Tartu_linnavalitsus, lk 9
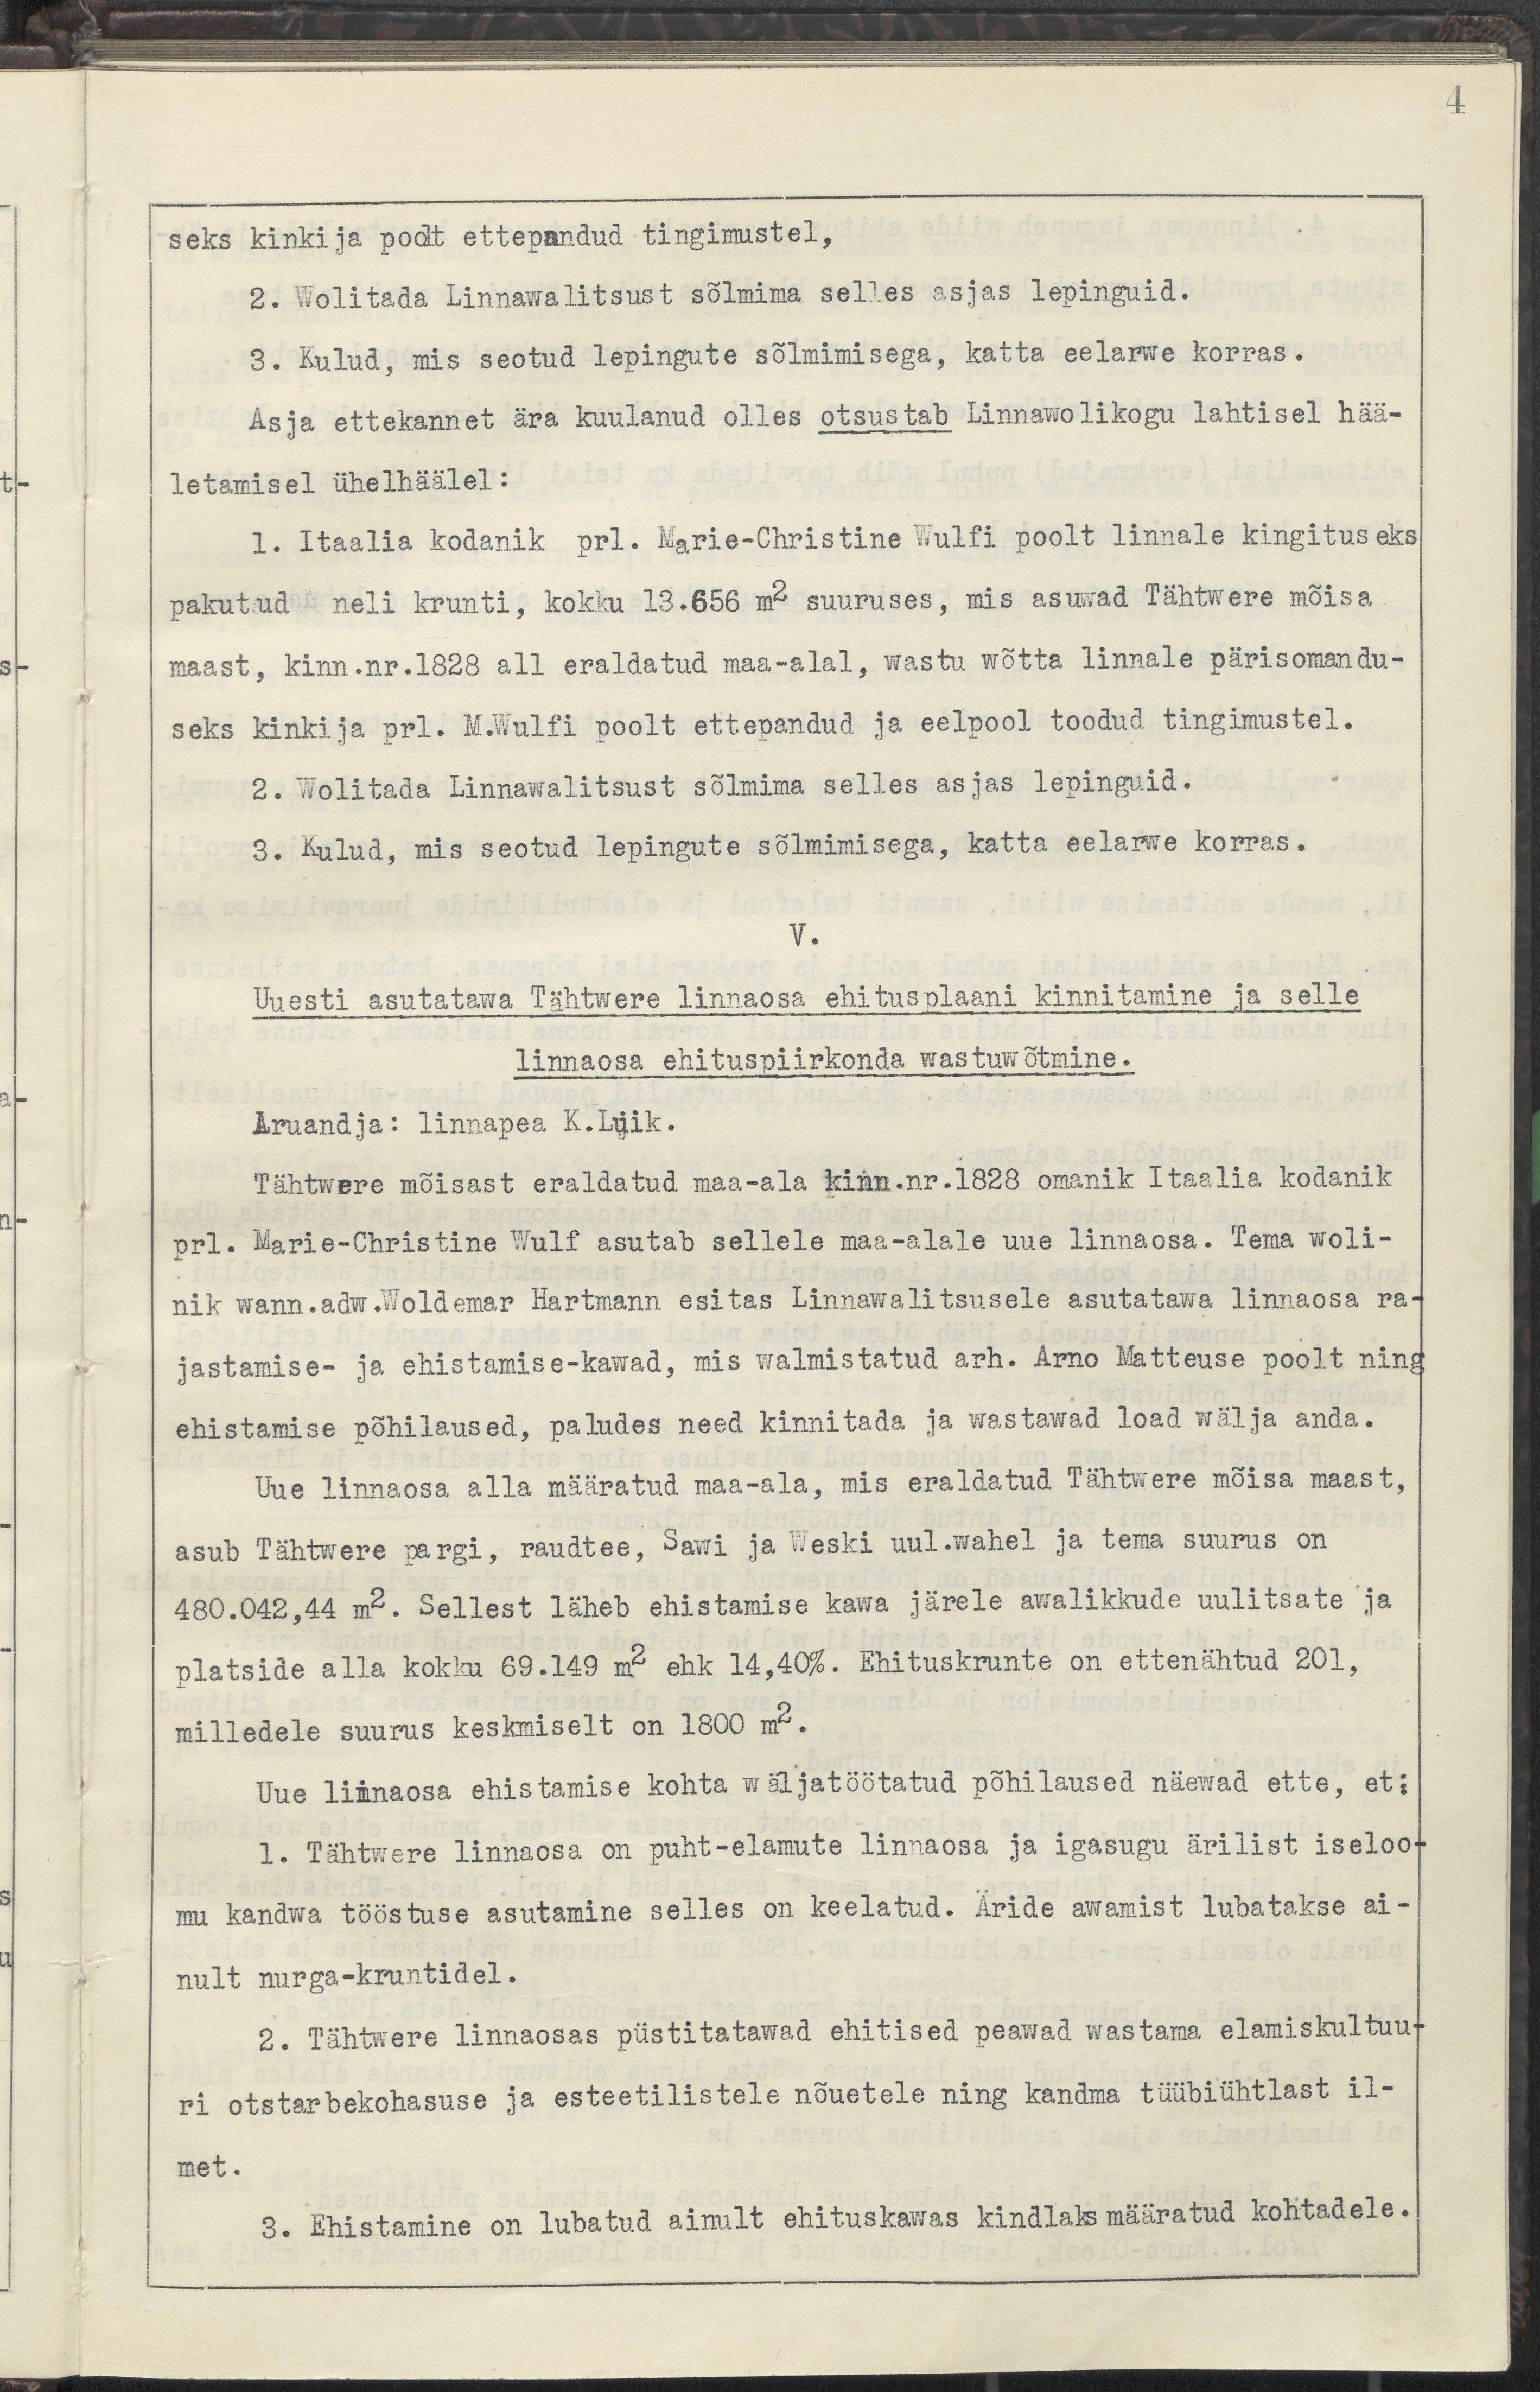
4
seks kinkija poolt ettepandud tingimustel,
2. Wolitada Linnawalitsust sõlmima selles asjas lepinguid.
3. Kulud, mis seotud lepingute sõlmimisega, katta eelarwe korras.
Asja ettekannet ära kuulanud olles otsustab Linnawolikogu lahtisel hää-
letamisel ühelhäälel:
1. Itaalia kodanik prl. Marie-Christine Wulfi poolt linnale kingituseks
pakutud neli krunti, kokku 13.656 m2 suuruses, mis asuwad Tähtwere mõisa
maast, kinn. nr. 1828 all eraldatud maa-alal, wastu wõtta linnale pärisomandu-
seks kinkija prl. M. Wulfi poolt ettepandud ja eelpool toodud tingimustel.
2. Wolitada Linnawalitsust sõlmima selles asjas lepinguid.
3. Kulud, mis seotud lepingute sõlmimisega, katta eelarwe korras.
V.
Uuesti asutatawa Tähtwere linnaosa ehitusplaani kinnitamine ja selle
linnaosa ehituspiirkonda wastuwõtmine.
Aruandja: Linnapea K. Luik.
Tähtwere mõisast eraldatud maa-ala kinn. nr. 1828 omanik Itaalia kodanik
prl. Marie-Christine Wulf asutab sellele maa-alale uue linnaosa. Tema woli-
nik wann.adw. Woldemar Hartmann esitas Linnawalitsusele asutatawa linnaosa ra-
jastamise- ja ehistamise-kawad, mis walmistatud arh. Arno Matteuse poolt ning
ehistamise põhilaused, paludes need kinnitada ja wastawad load wälja anda.
Uue linnaosa alla määratud maa-ala, mis eraldatud Tähtwere mõisa maast
asub Tähtwere pargi, raudtee, Sawi ja Weski uul. wahel ja tema suurus on
480.042,44 m2. Sellest läheb ehistamisele kawa järele awalikkude uulitsate ja
platside alla kokku 69.149 m2 ehk 14,40%. Ehituskrunte on ettenähtud 201,
millede suurus keskmiselt on 1800 m2.
Uue linnaosa ehistamise kohta wäljatöötatud põhialused näewad ette, et:
1. Tähtwere linnaosa on puht-elamute linnaosa ja igasugu ärilist iseloo-
mu kandwa tööstuse asutamine selles on keelatud. Äride awamist lubatakse ai-
nult nurga-kruntidel.
2. Tähtwere linnaosas püstitatawad ehitised peawad wastama elamiskultuu-
ri otstarbekohasuse ja esteetilistele nõuetele ning kandma tüübiühtlast il-
met.
3. Ehistamine on lubatud ainult ehituskawas kindlaks määratud kohtadele.